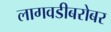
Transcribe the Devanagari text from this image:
लागवडीबरोबर